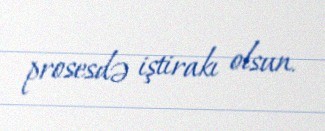
prosesdə iştirakı olsun.